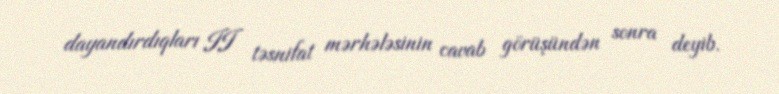
dayandırdıqları II təsnifat mərhələsinin cavab görüşündən sonra deyib.